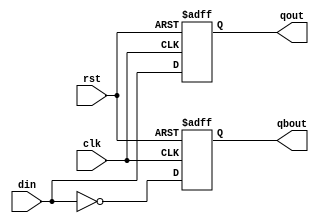
module DflipFlop(
	input rst ,
	input clk ,
	input din ,
	output qout ,
	output qbout
    );

	reg qout, qbout;
	always @(posedge rst or negedge clk)
	//this flip flop is negative edge working(falling edge)
			begin
				if (rst == 1'b1)
					begin
						qout <= 1'b0;
						qbout <= 1'b1;
					end
				else
					begin
						qout <= din;
						qbout <= ~din;
					end
			end

endmodule